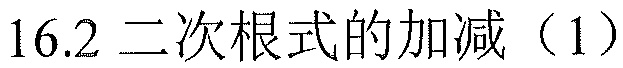
\(16.2\)二次根式的加减（1）